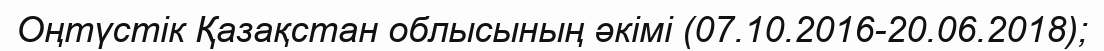
Оңтүстік Қазақстан облысының әкімі (07.10.2016-20.06.2018);